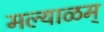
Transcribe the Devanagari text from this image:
मल्याळम्